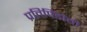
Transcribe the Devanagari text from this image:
प्रतिपिंडांची